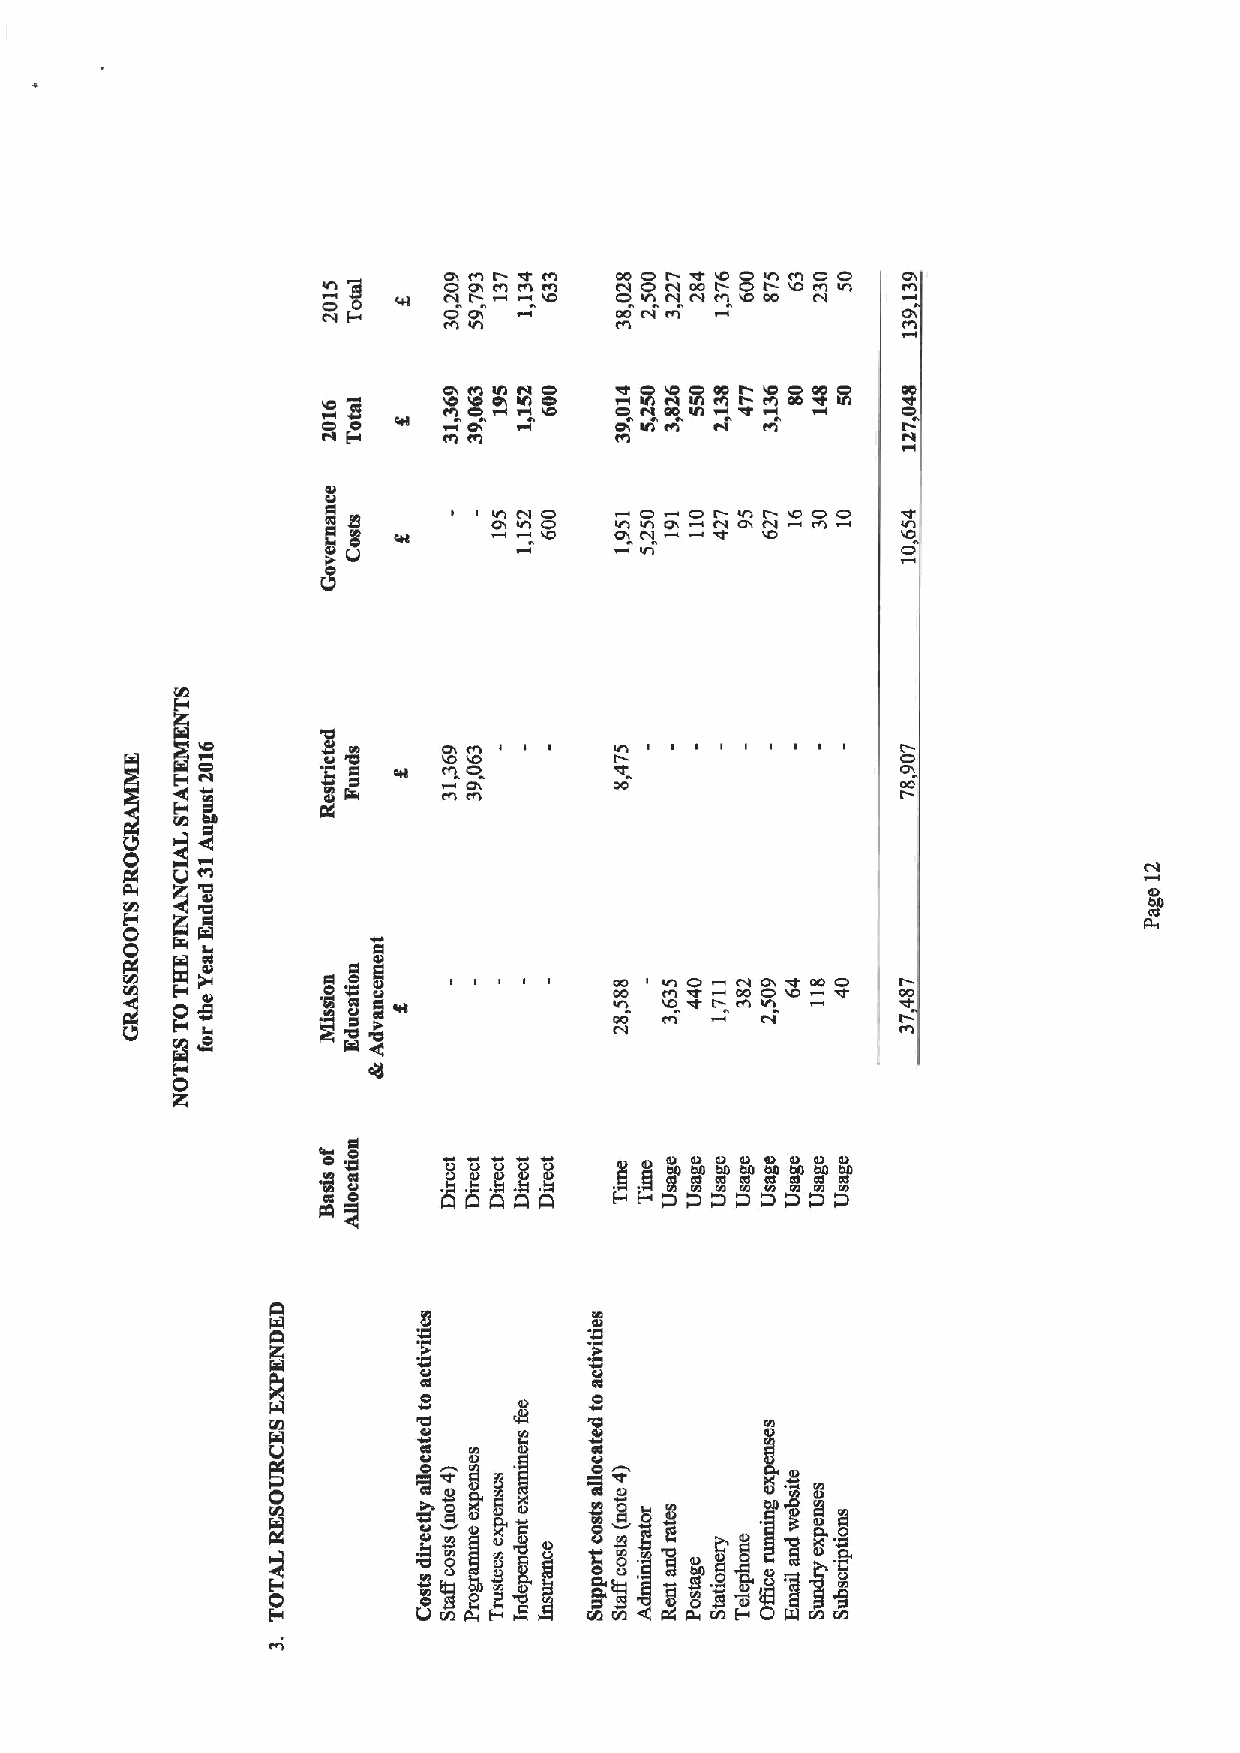
o    4
 oo( ( (IC rt-I ~r ao O r c( 00 r- O O I(CI O (AI O ((I O (tl
 ~o CII ot         O     Q(A 00 Ct
 Pl      O O(        t0 t0 l ca (tl     O CC o
 corot eoaoo
 o o       O  IA O 00     IACA I CCI COO IA
 (0         IA   CI
 Ctl                          ca
 4
 O(c ll o (At O O (( rA
 t
 O ( cf tl 0( O CC wt (OCI C 'l aa
 l
 O t(l O
 Vl
 (7 (t( I ( I     t ( I ( ( I
 (0 O
 or   0
 00
 (tl Ctl
 telo(So(&aoo
 00       o
 ao (0 ar 00
 ICI (A ar I (tt (CI
 00 Co w  ca
 A
 rm g      o'war
 OSI
 g